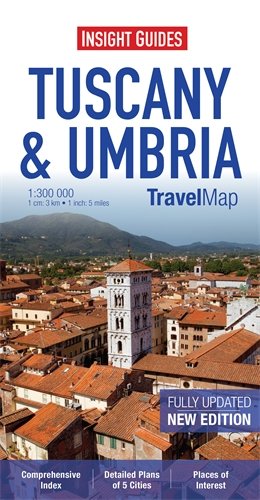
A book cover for Insight Travel Map: Tuscany & Umbria; aa vv; Travel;